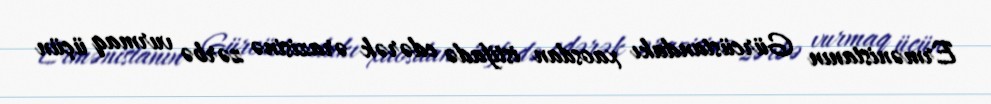
Ermənistanın Gürcüstandakı xaosdan istifadə edərək ərazisinə zərbə vurmaq üçün